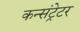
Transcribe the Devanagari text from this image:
कन्संट्रेटर